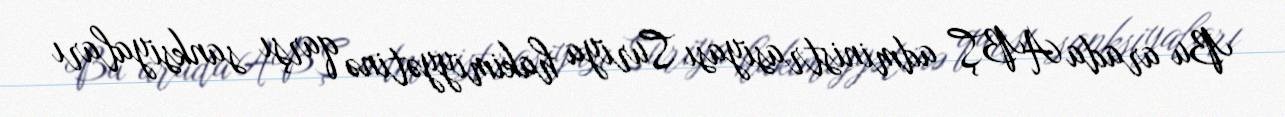
Bu arada ABŞ administrasiyası Suriya hakimiyyətinə qarşı sanksiyaları